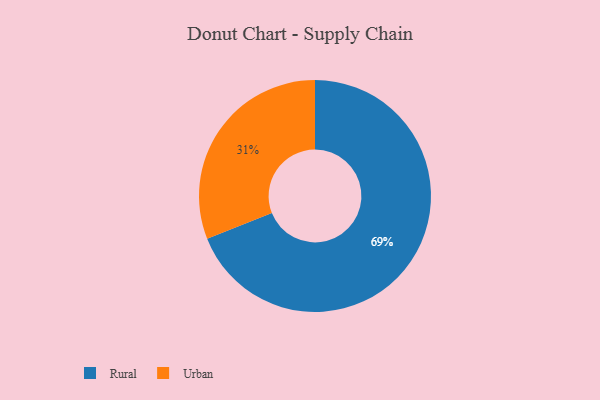
{"axis": {"x": "Category", "y": "Percentage"}, "legend": ["Rural", "Urban"], "data": [{"x": "Rural", "y": 69, "type": "Rural"}, {"x": "Urban", "y": 31, "type": "Urban"}]}